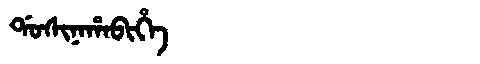
Manchu: ᡩᠣᠰᡳᠨᠠᡥᠠᠪᡳᡥᡝ
Romanization: DOSINAHABIHE